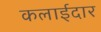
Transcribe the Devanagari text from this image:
कलाईदार